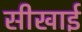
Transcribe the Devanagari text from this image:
सीखाई